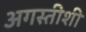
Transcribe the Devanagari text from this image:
अगस्तीशी